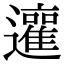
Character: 𨘿